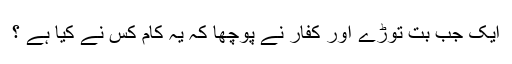
ایک جب بت توڑے اور کفار نے پوچھا کہ یہ کام کس نے کیا ہے ؟